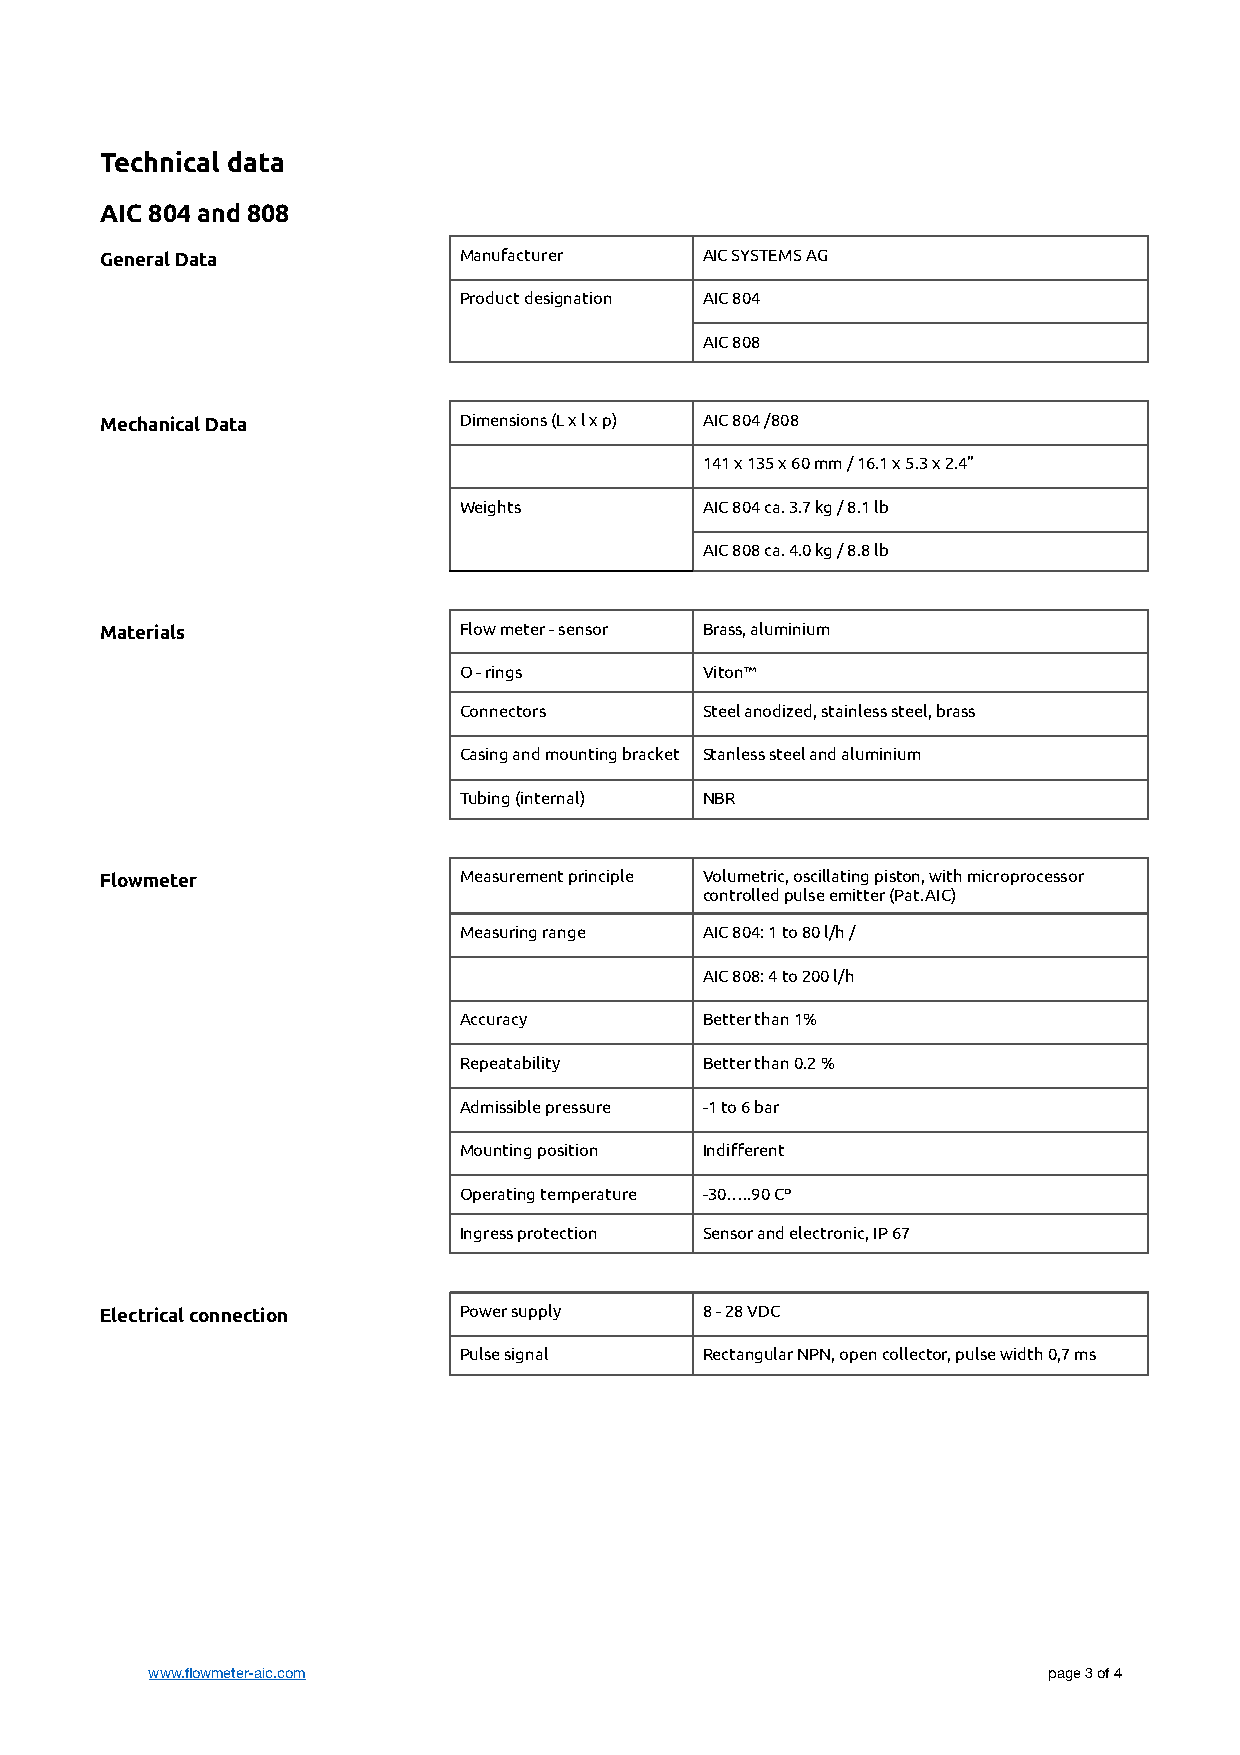
Technical data
 AIC 804 and 808
 General Data           Manufacturer    AIC SYSTEMS AG
 Product designation AIC 804
 AIC 808
 Mechanical Data        Dimensions (L x l x p) AIC 804 /808
 141 x 135 x 60 mm / 16.1 x 5.3 x 2.4”
 Weights         AIC 804 ca. 3.7 kg / 8.1 lb
 AIC 808 ca. 4.0 kg / 8.8 lb
 Materials              Flow meter - sensor Brass, aluminium
 O - rings       Viton™
 Connectors      Steel anodized, stainless steel, brass
 Casing and mounting bracket Stanless steel and aluminium
 Tubing (internal) NBR
 Flowmeter              Measurement principle Volumetric, oscillating piston, with microprocessor
 controlled pulse emitter (Pat.AIC)
 Measuring range AIC 804: 1 to 80 l/h /
 AIC 808: 4 to 200 l/h
 Accuracy        Better than 1%
 Repeatability   Better than 0.2 %
 Admissible pressure -1 to 6 bar
 Mounting position Indifferent
 Operating temperature -30…..90 Cº
 Ingress protection Sensor and electronic, IP 67
 Electrical connection  Power supply    8 - 28 VDC
 Pulse signal    Rectangular NPN, open collector, pulse width 0,7 ms
 www.flowmeter-aic.com                                      page 3 of 4